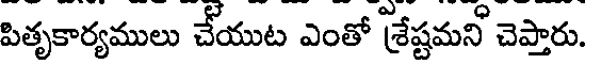
పితృకార్యములు చేయుట ఎంతో శ్రేష్టమని చెప్తారు.